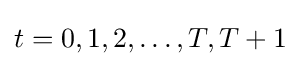
t=0,1,2,\ldots ,T,T+1